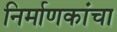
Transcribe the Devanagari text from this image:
निर्माणकांचा